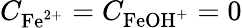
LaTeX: C_{\mathrm{Fe}^{2+}}=C_{\mathrm{FeOH}^{+}}=0